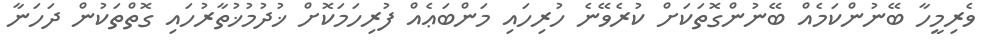
ވެރިމީހާ ބޭނުންކަމެއް ބޭނުންގޮތަކަށް ކުރެވޭނެ ހުރިހައި މަންބަޢެއް ފުރިހަމަކޮށް ޚުދުމުޚުތާރުހައި ގޮތްތަކުން ދަހަނާ